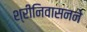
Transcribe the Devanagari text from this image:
श्रीनिवासनने